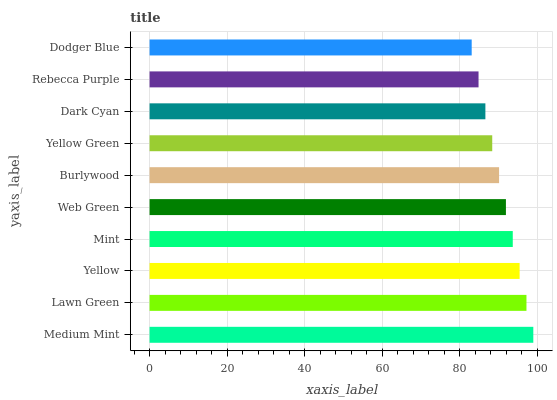
| yaxis_label | bars |
 | --- | --- |
 | Medium Mint | 99 |
 | Lawn Green | 97.2 |
 | Yellow | 95.5 |
 | Mint | 93.7 |
 | Web Green | 91.9 |
 | Burlywood | 90.2 |
 | Yellow Green | 88.4 |
 | Dark Cyan | 86.6 |
 | Rebecca Purple | 84.9 |
 | Dodger Blue | 83.1 |